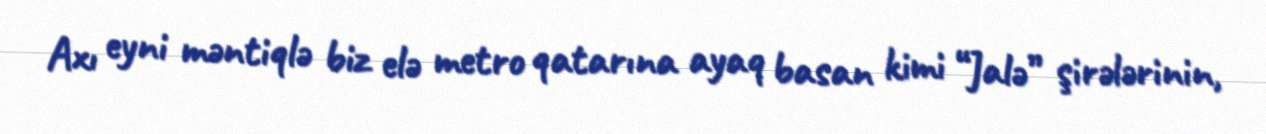
Axı eyni məntiqlə biz elə metro qatarına ayaq basan kimi “Jalə” şirələrinin,